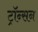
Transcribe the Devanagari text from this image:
ट्रॉन्सन